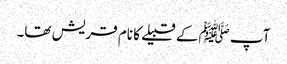
آپ ﷺکے قبیلے کا نام قریش تھا۔